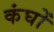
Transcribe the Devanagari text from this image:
कंघों